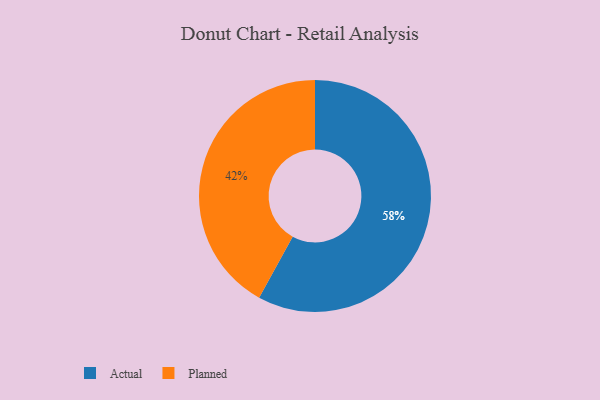
{"axis": {"x": "Category", "y": "Percentage"}, "legend": ["Actual", "Planned"], "data": [{"x": "Actual", "y": 58, "type": "Actual"}, {"x": "Planned", "y": 42, "type": "Planned"}]}